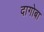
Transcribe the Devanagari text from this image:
दागोबा